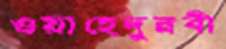
ওয়াহেদুন্নবী